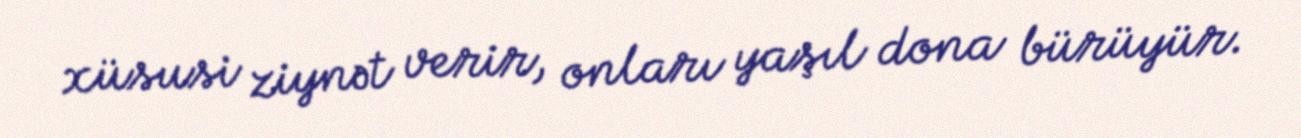
xüsusi ziynət verir, onları yaşıl dona bürüyür.